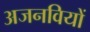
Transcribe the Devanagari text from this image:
अजनवियों